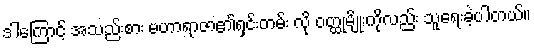
ဒါကြောင့် အသည်းစား မဟာရာဇာ၏ရှင်းတမ်း လို ဝတ္ထုမျိုးကိုလည်း သူရေးခဲ့ပါတယ်။